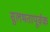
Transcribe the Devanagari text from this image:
सुलभतापूर्वक